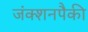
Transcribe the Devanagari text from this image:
जंक्शनपैकी